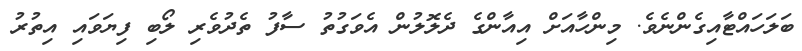
ބަލަހައްޓާއިގެންނެވެ. މިންހާއަށް އިއާންގެ ދެލޮލުން އެވަގުތު ސާފު ތެދުވެރި ލޯބި ފިޔަވައި އިތުރު